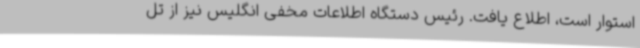
استوار است، اطلاع یافت. رئیس دستگاه اطلاعات مخفی انگلیس نیز از تل